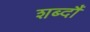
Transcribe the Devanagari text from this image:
शब्दौं